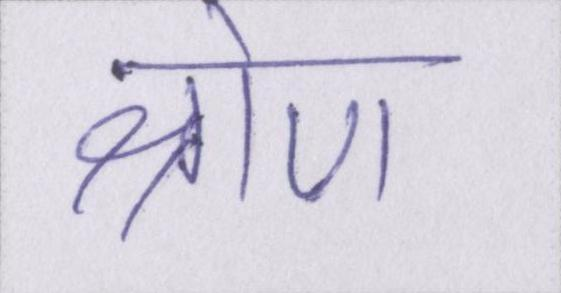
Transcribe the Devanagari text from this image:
श्रोण